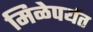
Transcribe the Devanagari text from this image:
मिळेपर्यत